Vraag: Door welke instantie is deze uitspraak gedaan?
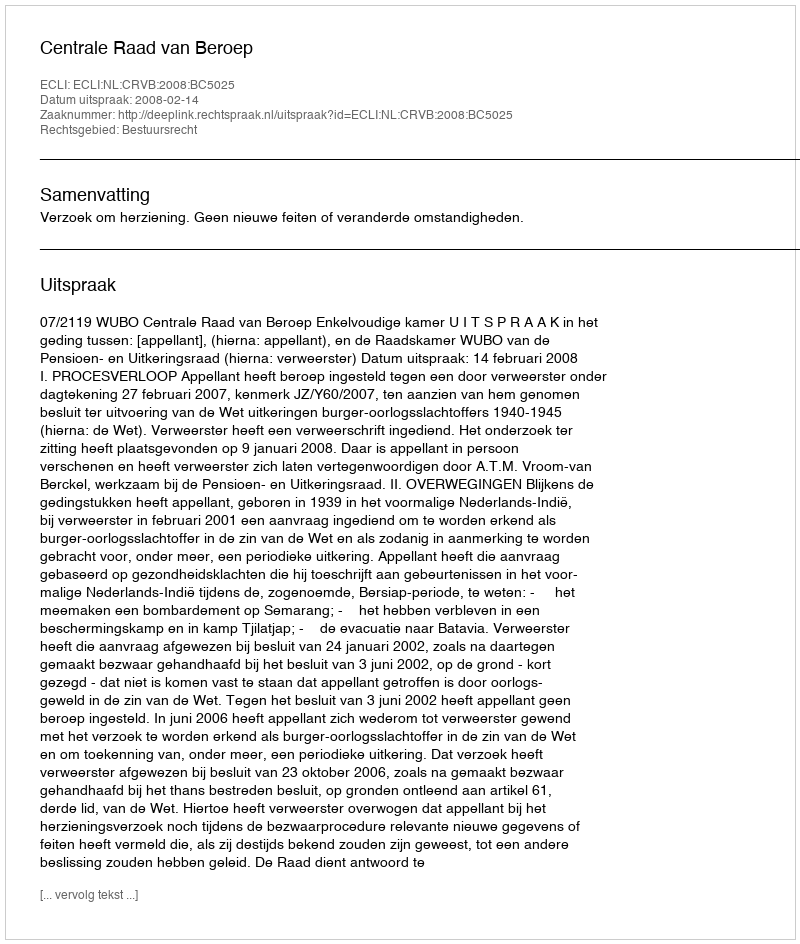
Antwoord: Centrale Raad van Beroep